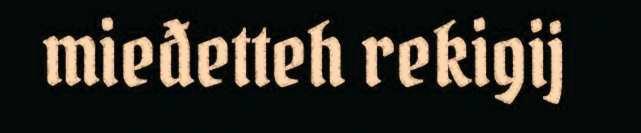
mieđetteh rekigij